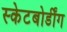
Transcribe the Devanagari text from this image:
स्केटबोर्डींग